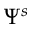
\Psi ^ { s }